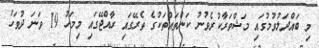
މި ބައްދަލުވުމުގައި މަޝްވަރާކުރެވުނު ކަންތައްތަކުގެ ތެރޭގައި ރާއްޖޭގައި މިމަހު 19 ވަނަ ދުވަހު